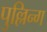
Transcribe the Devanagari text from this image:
पुल्लिन्ग